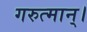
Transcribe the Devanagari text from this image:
गरुत्मान्।